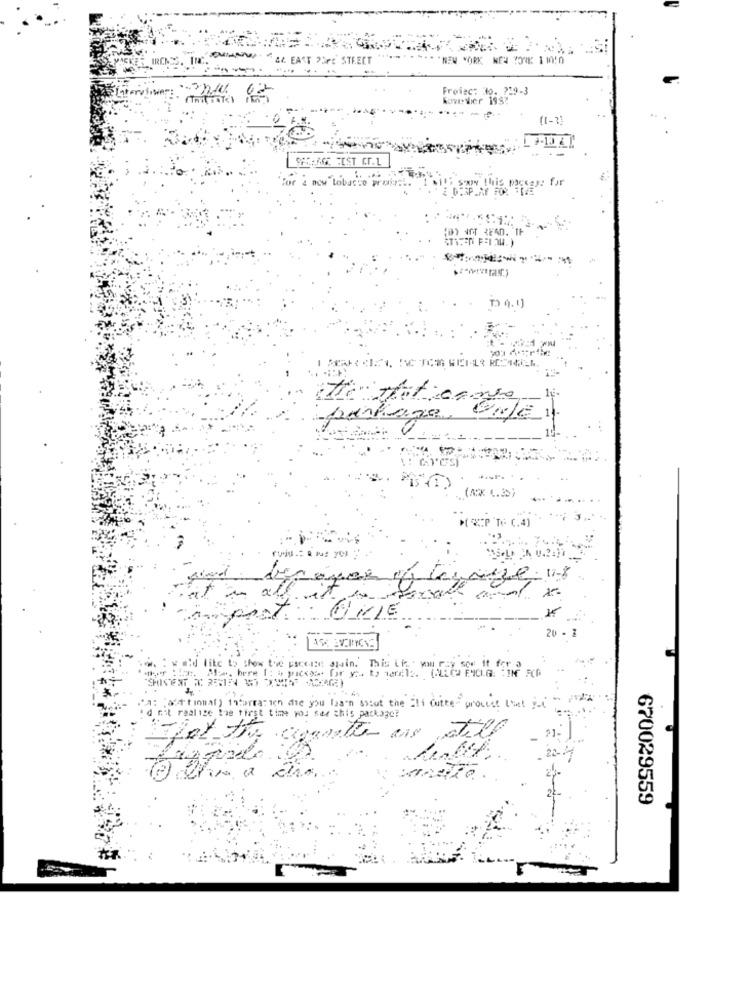
T Porc STREET
Freiec: 30. 319-3
CHANGE FEST CT.L
for a new tobucho proximal
sans for
tie thatcanse
20 - 1
: w "id like to show tve pacein spain. This Lis - wu rzy see it for
(asttional) inharra in die you lagen about the ' outre- product that it"
nit realize the first time you sar this package?
670029559